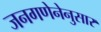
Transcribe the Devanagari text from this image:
जनगणेनेनुसार